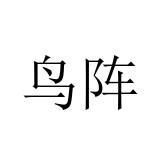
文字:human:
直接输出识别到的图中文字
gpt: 鸟阵